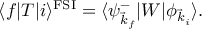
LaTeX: \langle f | T | i \rangle ^ { \mathrm { F S I } } = \langle \psi _ { \vec { k } _ { f } } ^ { - } | W | \phi _ { \vec { k } _ { i } } \rangle .